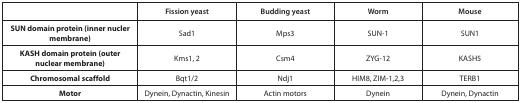
|  | Fission yeast | Budding yeast | Worm | Mouse |
 | --- | --- | --- | --- | --- |
 | SUN domain protein (inner nucler membrane) | Sad1 | Mps3 | SUN-1 | SUN1 |
 | KASH domain protein (outer nuclear membrane) | Kms1, 2 | Csm4 | ZYG-12 | KASH5 |
 | Chromosomal scaffold | Bqt1/2 | Ndj1 | HIM8, ZIM-1,2,3 | TERB1 |
 | Motor | Dynein, Dynactin, Kinesin | Actin motors | Dynein | Dynein, Dynactin |